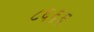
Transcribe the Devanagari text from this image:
८६६६